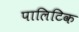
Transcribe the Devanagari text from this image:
पालिटिक